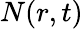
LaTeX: N(r,t)